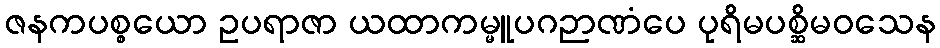
ဇနကပစ္စယော ဥပရာဇာ ယထာကမ္မူပဂဉာဏံပေ ပုရိမပစ္ဆိမဝသေန